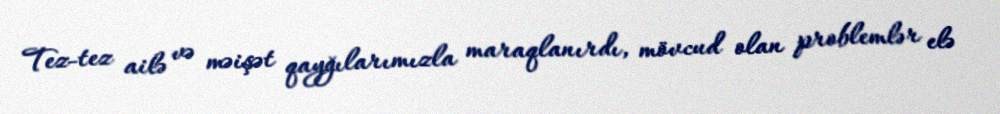
Tez-tez ailə və məişət qayğılarımızla maraqlanırdı, mövcud olan problemlər elə